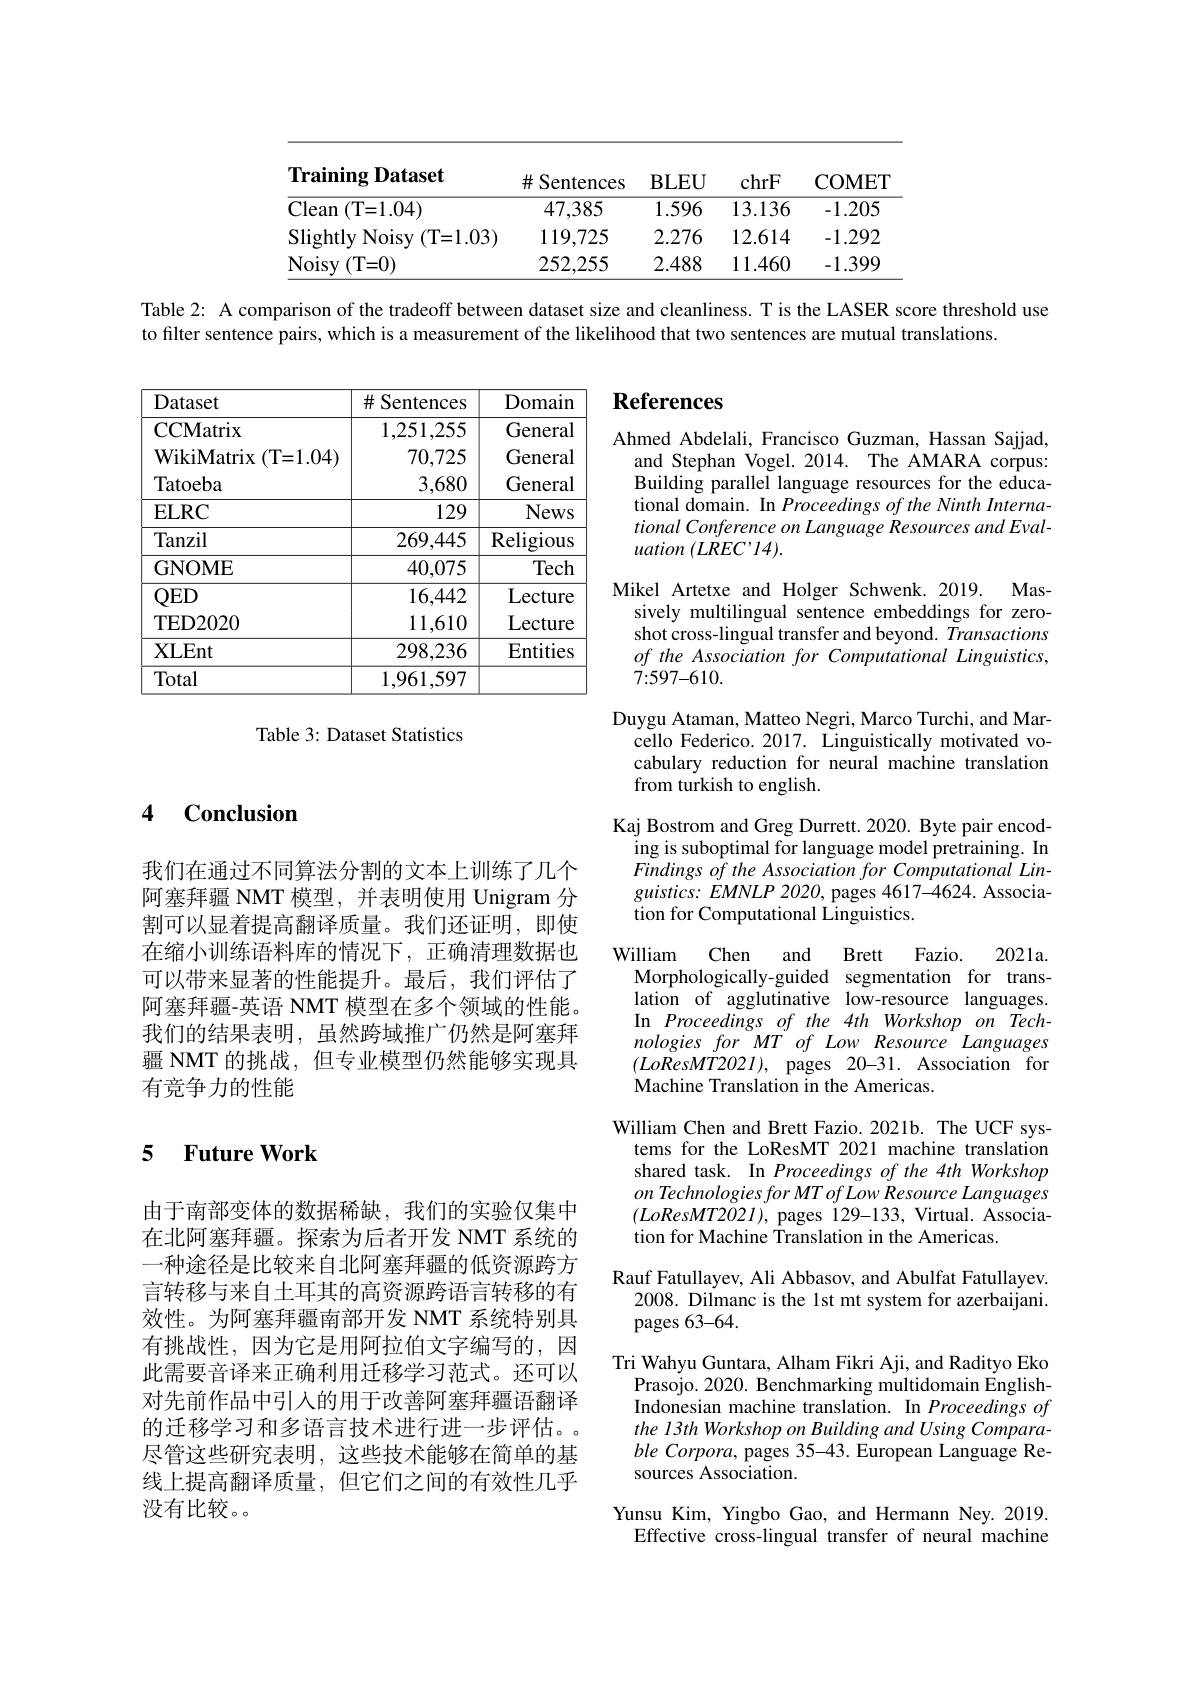
<table>
	<tbody>
		<tr>
			<th>$\mathbf{lram}$ $\lim_{n\to\infty}$ Daraset</th>
			<th>$\#$ Sentences</th>
			<th>$\mathbf{BLEU}$</th>
			<th>chrF</th>
			<th>COMET</th>
		</tr>
		<tr>
			<td>$\operatorname{Clean}\left(\mathrm{T=1.04}\right)$</td>
			<td>47,385</td>
			<td>1.596</td>
			<td>13.136</td>
			<td>-1.205</td>
		</tr>
		<tr>
			<td>Slightly Noisy ( T= 1. 03) </td>
			<td>119,725</td>
			<td>2.276</td>
			<td>12.614</td>
			<td>-1.292</td>
		</tr>
		<tr>
			<td>Noisy ( T= 0) </td>
			<td>252.255</td>
			<td>2.488</td>
			<td>11.460</td>
			<td>-1.399</td>
		</tr>
	</tbody>
</table>

Table 2: A comparison of the tradeoff between dataset size and cleanliness. T is the LASER score threshold use

to filter sentence pairs, which is a measurement of the likelihood that two sentences are mutual translations.

## References

<table>
	<tbody>
		<tr>
			<th>Dataset</th>
			<th>$\#S$ Sentences</th>
			<th>Domain</th>
		</tr>
		<tr>
			<td>CCMatrix WikiMatrix (T=1.04) Tatoeba</td>
			<td>1,251,255 70,725 3,680</td>
			<td>General General General</td>
		</tr>
		<tr>
			<td>$\mathbf{ELRC}$</td>
			<td>129</td>
			<td>News</td>
		</tr>
		<tr>
			<td>Tanzil</td>
			<td>269,445</td>
			<td>Religious</td>
		</tr>
		<tr>
			<td>GNOME</td>
			<td>40,075</td>
			<td>Tech</td>
		</tr>
		<tr>
			<td>$QED$ TED2020</td>
			<td>16,442 11,610</td>
			<td>Lecture Lecture</td>
		</tr>
		<tr>
			<td>$\mathbf{XLEnt}$</td>
			<td>298,236</td>
			<td>Entities</td>
		</tr>
		<tr>
			<td>Total</td>
			<td>1,961,597</td>
			<td> </td>
		</tr>
	</tbody>
</table>

Table 3: Dataset Statistics

### 4 $\textbf{Conclusion}$

我们在通过不同算法分割的文本上训练了几个阿塞拜疆 NMT 模型，并表明使用 Unigram 分割可以显着提高翻译质量。我们还证明，即使在缩小训练语料库的情况下，正确清理数据也可以带来显著的性能提升。最后，我们评估了阿塞拜疆-英语 NMT 模型在多个领域的性能。我们的结果表明，虽然跨域推广仍然是阿塞拜疆 NMT 的挑战，但专业模型仍然能够实现具有竞争力的性能

Ahmed Abdelali, Francisco Guzman, Hassan Sajjad,
and Stephan Vogel. 2014. The AMARA corpus: Building parallel language resources for the educational domain. In Proceedings of the Ninth International Conference on Language Resources and Evaluation $( LREC^{\prime }14) .$
Mikel Artetxe and Holger Schwenk. 2019. Mas-
sively multilingual sentence embeddings for zeroshot cross-lingual transfer and beyond. Transactions $of$ the Association for Computational Linguistics, 7{:}597{-}610.
Duygu Ataman, Matteo Negri, Marco Turchi, and Mar-
cello Federico. 2017. Linguistically motivated vocabulary reduction for neural machine translation from turkish to english.
Kaj Bostrom and Greg Durrett. 2020. Byte pair encod-
ing is suboptimal for language model pretraining. In Findings of the Association for Computational Lin- $guistics:EMNLP2020$,pages 4617-4624. Association for Computational Linguistics.
William Chen and
Brett Fazio.
$2021a.$
Morphologically-guided segmentation for translation of agglutinative low-resource languages. In Proceedings of the 4th Workshop on Technologies for MT of Low Resource Languages $(LoResMT2021)$,pages20-31.Association for Machine Translation in the Americas.
William Chen and Brett Fazio. 2021b. The UCF sys-
tems for the LoResMT 2021 machine translation shared task. In Proceedings of the 4th Workshop on Technologies for MT of Low Resource Languages $(LoResMT202I)$, pages 129-133, Virtual. Association for Machine Translation in the Americas.
Rauf Fatullayev, Ali Abbasov, and Abulfat Fatullayev.
2008. Dilmanc is the 1st mt system for azerbaijani.
pages 63-64.
Tri Wahyu Guntara, Alham Fikri Aji, and Radityo Eko
Prasojo. 2020. Benchmarking multidomain EnglishIndonesian machine translation. In Proceedings of the 13th Workshop on Building and Using Compara- $ble\textit{ Corpora, pages 35- 43. European Language Re- }$ sources Association.
Yunsu Kim, Yingbo Gao, and Hermann Ney.2019.
Effective cross-lingual transfer of neural machine

## 5 $\textbf{Future Work}$

由于南部变体的数据稀缺，我们的实验仅集中在北阿塞拜疆。探索为后者开发 NMT 系统的一种途径是比较来自北阿塞拜疆的低资源跨方言转移与来自土耳其的高资源跨语言转移的有效性。为阿塞拜疆南部开发 NMT 系统特别具有挑战性，因为它是用阿拉伯文字编写的，因此需要音译来正确利用迁移学习范式。还可以对先前作品中引入的用于改善阿塞拜疆语翻译的迁移学习和多语言技术进行进一步评估。尽管这些研究表明，这些技术能够在简单的基线上提高翻译质量，但它们之间的有效性几乎没有比较。